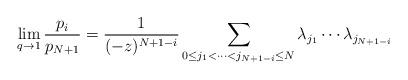
LaTeX: \begin{align*} \lim_{q \to 1} \frac{p_i}{p_{N+1}} = \frac{1}{(-z)^{N+1-i}} \sum_{0 \leq j_1 < \cdots < j_{N+1-i} \leq N} \lambda_{j_1} \cdots \lambda_{j_{N+1-i}} \end{align*}